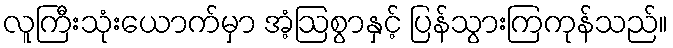
လူကြီးသုံးယောက်မှာ အံ့ဩစွာနှင့် ပြန်သွားကြကုန်သည်။